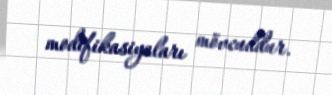
modifikasiyaları mövcuddur.